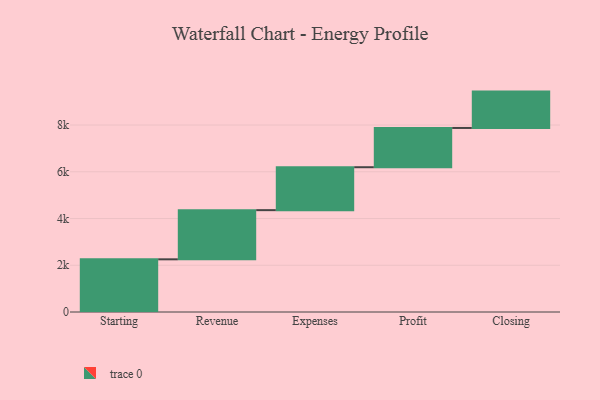
{"axis": {"x": "Step", "y": "Value"}, "legend": [""], "data": [{"x": "Starting", "y": 2254.0, "type": ""}, {"x": "Revenue", "y": 2104.0, "type": ""}, {"x": "Expenses", "y": 1837.0, "type": ""}, {"x": "Profit", "y": 1680.0, "type": ""}, {"x": "Closing", "y": 1556.0, "type": ""}]}